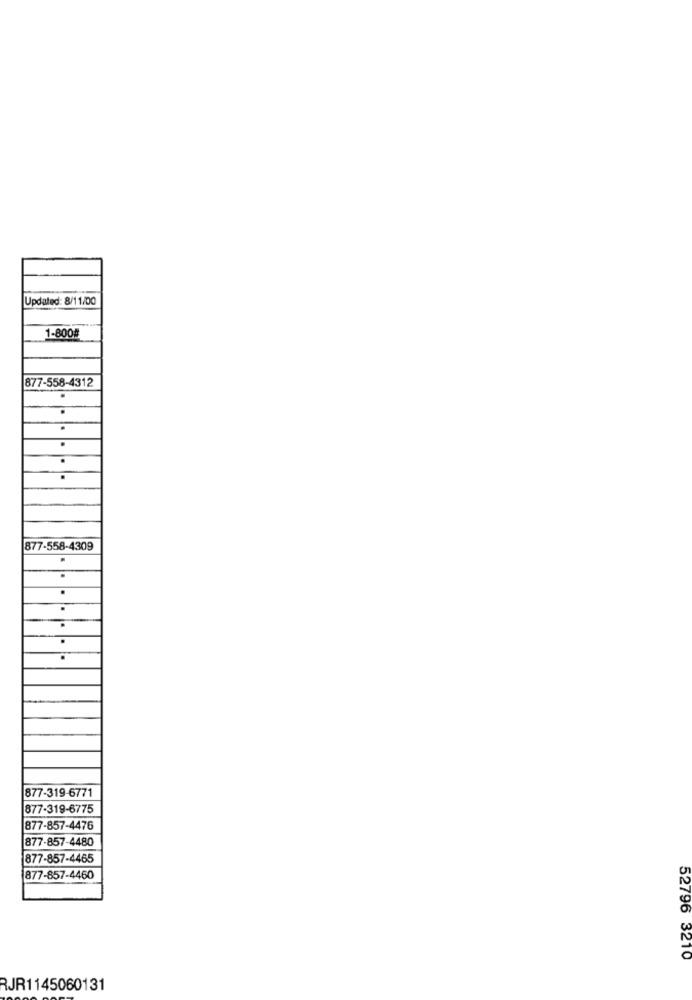
Updated: 8/11/00
1-800#
877-558-4312
.
.
.
.
.
877-558-4309
.
.
877-319-6771
877-319-6775
877-857-4476
877-857-4480
877-857-4465
877-857-4460
52796 3210
RJR1145060131